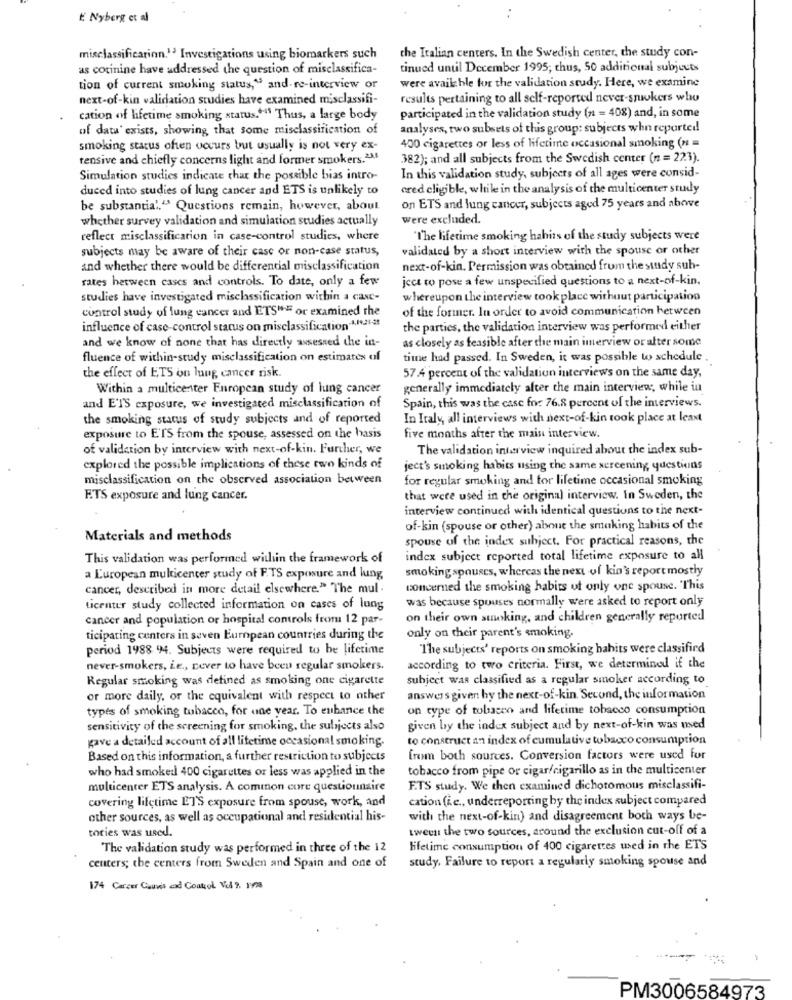
E Nyberg et al
..
misclassificarinn.13 Investigations using biomarkers such
the Italian centers. In the Swedish center, the study con-
as cotinine have addressed the question of misclassifica-
tinued until December 1995; thus, 50 additional subjects
were available for the validation study. Here, we examine
tion of current smoking status," and re-interview or
next-of-kin validation studies have examined misclassifi-
results pertaining to all self-reported never-smokers who
cation of lifetime smoking status.""" Thus, a large body
participated in the validation study (n = 408) and, in some
of data' exists, showing that some misclassification of
analyses, two subsets of this group: subjects whn reported!
smoking status often occurs but usually is not very ex-
400 cigarettes or less of lifetime occasional smoking (n =
tensive and chiefly concerns light and former smokers.23.5
382); and all subjects from the Swedish center (n = 223).
Simulation studies indicate that the possible bias intro-
In this validation study, subjects of all ages were consid-
duced into studies of lung cancer and ETS is unlikely to
cred cligible, while in the analysis of the multicenter study
be substantial."3 Questions remain, however, about
on ETS and lung cancer, subjects aged 75 years and abowve
whether survey validation and simulation studies actually
were excluded.
reflect misclassification in case-control studies, where
"The lifetime smoking habits of the study subjects were
subjects may be aware of their case or non-case status,
validated by a short interview with the spouse or other
and whether there would be differential misclassification
next-of-kin. Permission was obtained from the study suh-
rates between cases and controls. To date, only a few
ject to pose a few unspecified questions to a next-of-kin.
studies have investigated misclassification within a CaNe-
whereupon the interview took place without participation
control study of lung cancer and ETSWE or examined the
of the former. In order to avoid communication between
influence of case-control status on misclassification-4,1921-25
the parties, the validation interview was performed either
and we know of none that has directly assessed the in-
as closely as feasible after the main interview or after some
fluence of within-study misclassification on estimates of
time had passed. In Sweden, it was possible to schedule
57.4 percent of the validation interviews on the same day,
the effect of ETS on lung cancer risk.
Within a multicenter European study of lung cancer
generally immediately after the main interview, while in
and E'IS exposure, we investigated misclassification of
Spain, this was the case for 76.8 percent of the interviews.
the smoking status of study subjects and of reported
In Italy, all interviews with next-of-kin took place at least
exposure to E'TS from the spouse, assessed on the hasis
five months after the main interview.
of validation by interview with next-of-kin. Further, we
The validation interview inquired about the index sub-
explored the possible implications of these two kinds of
ject's smoking habits using the same sercening questions
misclassification on the observed association between
for regular smoking and for lifetime occasional smoking
F.TS exposure and lung cancer.
that were used in the original interview. In Sweden, the
interview continued with identical questions to the next-
of-kin (spouse or other) about the smoking habits of the
Materials and methods
spouse of the index subject. For practical reasons, the
This validation was performed within the framework of
index subject reported total lifetime exposure to all
smoking spouses, whereas the next of kin's report mostly
a European multicenter study of F.TS exposure and lung
cancer, described in more detail elsewhere." The mul.
concerned the smoking habits of only one spouse. This
was because spouses normally were asked to report only
Licentur study collected information on cases of lung
cancer and population or hospital controls from 12 par-
on their own smoking, and children generally reported
ticipating centers in seven European countries during the
only on their parent's smoking.
period 1988 94. Subjects were required to be lifetime
The subjects' reports on smoking hahits were classified
never-smokers, Le ., never to have been regular smokers.
according to two criteria. First, we determined if the
Regular smoking was defined as smoking one cigarette
subject was classified as a regular smoker according to
or more daily, or the equivalent with respect to nther
answers given by the next-of-kin. Second, the information
types of smoking tobacco, for one year. To enhance the
on type of tobacco and lifetime tobacco consumption
sensitivity of the screening for smoking, the subjects also
given by the index subject and by next-of-kin was used
gave a detailed account of all lifetime occasional smoking.
to construct an index of cumulative tobacco consumption
Based on this information, a further restriction to subjects
from both sources. Conversion factors were used for
who had smoked 400 cigarettes or less was applied in the
tobacco from pipe or cigar/cigarillo as in the multicenter
multicenter ETS analysis. A common core questionnaire
E.TS study. We then examined dichotomous misclassifi-
covering lifetime ET'S exposure from spouse, work, and
cation (i.e ., underreporting by the index subject compared
other sources, as well as occupational and residential his-
with the next-of-kin) and disagreement both ways be-
tories was used.
tween the two sources, around the exclusion cut-off of a
The validation study was performed in three of the 12
lifetime consumption of 400 cigarettes used in the ETS
study. Failure to report a regularly smoking spouse and
centers; the centers from Sweden and Spain and one of
174 Carcer Causes and Control Vil 9. 198
1
PM3006584973